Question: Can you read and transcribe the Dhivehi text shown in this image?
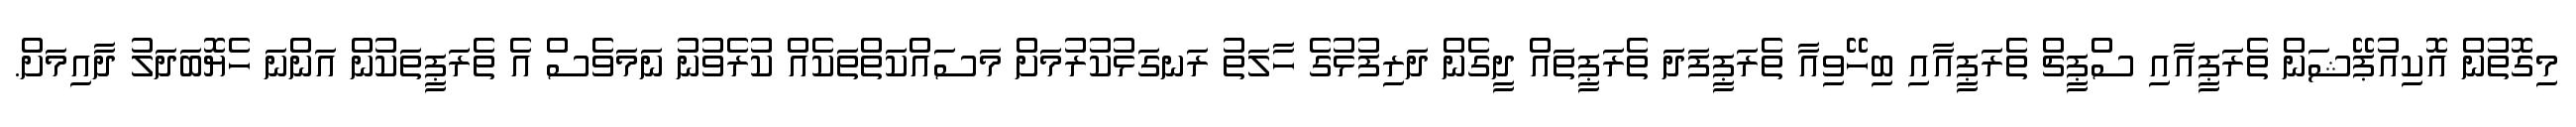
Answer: މިގޮތުން އޮކިއުޕޭޝަން ތެރަޕީއާއި ސްޕީޗް ތެރަޕީއާއި ބިހޭވިއާ ތެރަޕީފަދަ ތެރަޕީތައް ދީގެން ދަރިފުޅުގެ ހާލަތު ރަނގަޅުކުރުމަށް މަސައްކަތްތަކެއް ކުރެވުނު ނަމަވެސް އެ ތެރަޕީތަކުން އަންނަ ހެޔޮބަދަލު ދާއިމަށް.